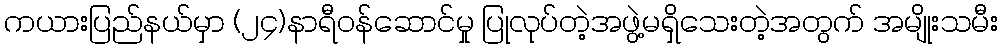
ကယားပြည်နယ်မှာ (၂၄)နာရီဝန်ဆောင်မှု ပြုလုပ်တဲ့အဖွဲ့မရှိသေးတဲ့အတွက် အမျိုးသမီး